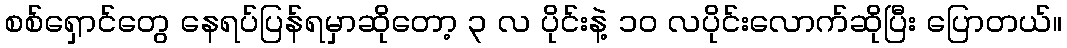
စစ်ရှောင်တွေ နေရပ်ပြန်ရမှာဆိုတော့ ၃ လ ပိုင်းနဲ့ ၁၀ လပိုင်းလောက်ဆိုပြီး ပြောတယ်။